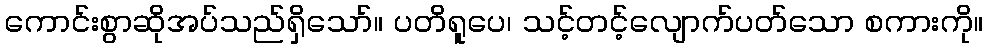
ကောင်းစွာဆိုအပ်သည်ရှိသော်။ ပတိရူပေ၊ သင့်တင့်လျောက်ပတ်သော စကားကို။